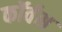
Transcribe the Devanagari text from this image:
कॉर्वस